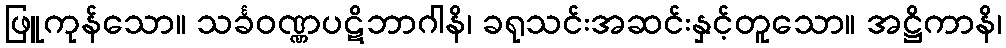
ဖြူကုန်သော။ သင်္ခဝဏ္ဏပဋိဘာဂါနိ၊ ခရုသင်းအဆင်းနှင့်တူသော။ အဋ္ဌိကာနိ၊